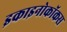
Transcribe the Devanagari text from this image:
इकाइनोकॉकस